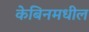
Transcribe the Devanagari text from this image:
केबिनमधील